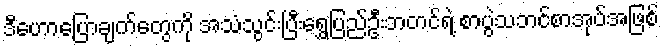
ဒီဟောပြောချက်တွေကို အသံသွင်းပြီးရွှေပြည်ဦးဘတင်ရဲ့ စာပွဲသဘင်စာအုပ်အဖြစ်